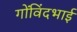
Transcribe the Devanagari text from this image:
गोंविंदभाई